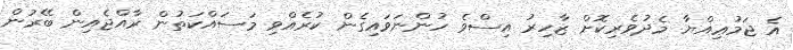
އެ ޖަމުޢިއްޔާ މެދުވެރިކޮށް ޒާހިރު އިސްވެ ހުންނަވައިގެން ކުރެއްވި މަސައްކަތުން ރާއްޖެއިން ބޭރުން